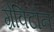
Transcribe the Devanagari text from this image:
ग्रेविटोन